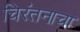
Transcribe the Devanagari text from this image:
चिरंतनाचा